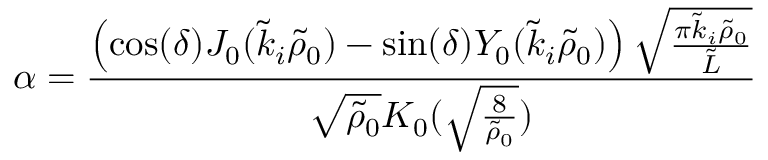
\alpha = \frac { \left( \cos ( \delta ) J _ { 0 } ( \tilde { k } _ { i } \tilde { \rho } _ { 0 } ) - \sin ( \delta ) Y _ { 0 } ( \tilde { k } _ { i } \tilde { \rho } _ { 0 } ) \right) \sqrt { \frac { \pi \tilde { k } _ { i } \tilde { \rho } _ { 0 } } { \tilde { L } } } } { \sqrt { \tilde { \rho } _ { 0 } } K _ { 0 } ( \sqrt { \frac { 8 } { \tilde { \rho } _ { 0 } } } ) }